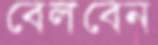
বেলবেন